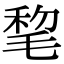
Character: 𣮋